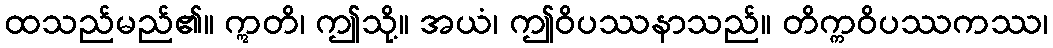
ထသည်မည်၏။ ဣတိ၊ ဤသို့။ အယံ၊ ဤဝိပဿနာသည်။ တိက္ကဝိပဿကဿ၊